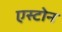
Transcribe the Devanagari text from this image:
एस्टोन